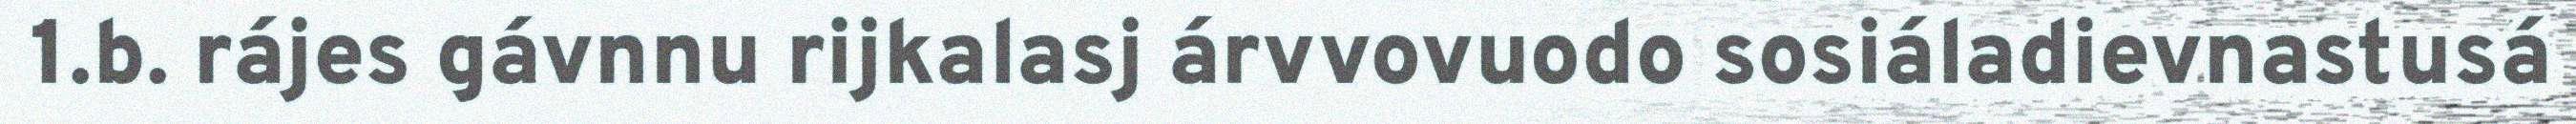
1.b. rájes gávnnu rijkalasj árvvovuodo sosiáladievnastusá